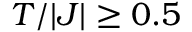
T / | J | \ge 0 . 5